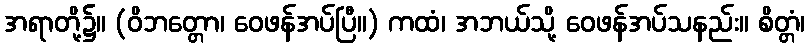
အရာတို့၌။ (ဝိဘတ္တော၊ ဝေဖန်အပ်ပြီ။) ကထံ၊ အဘယ်သို့ ဝေဖန်အပ်သနည်း။ စိတ္တံ၊